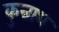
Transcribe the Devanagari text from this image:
कुन्नाथ